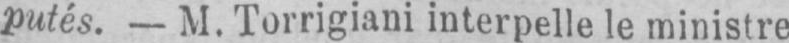
putés. - M. Torrigiani interpelle le ministre